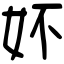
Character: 妚